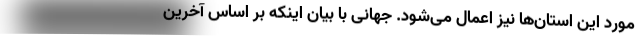
مورد این استان‌ها نیز اعمال می‌شود. جهانی با بیان اینکه بر اساس آخرین